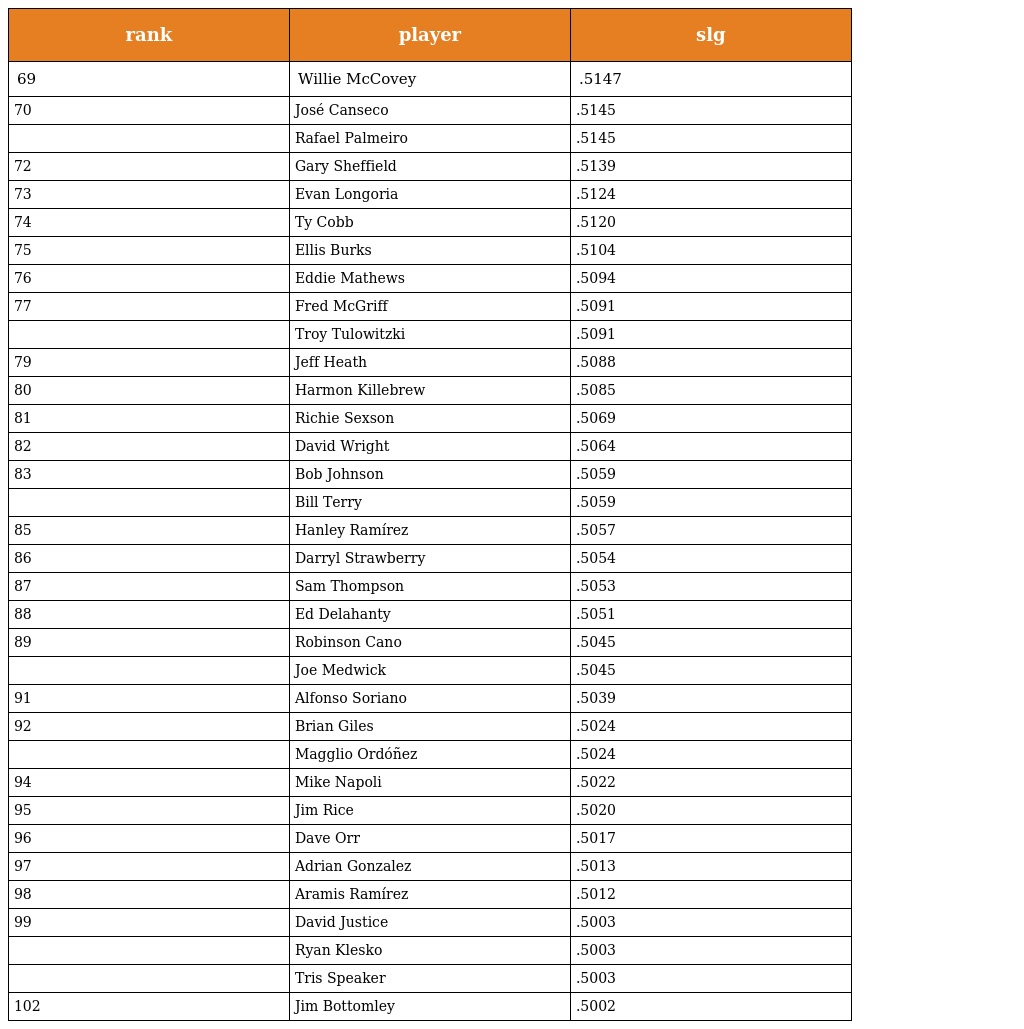
| rank | player | slg |
 | --- | --- | --- |
 | 69 | Willie McCovey | .5147 |
 | 70 | José Canseco | .5145 |
 |  | Rafael Palmeiro | .5145 |
 | 72 | Gary Sheffield | .5139 |
 | 73 | Evan Longoria | .5124 |
 | 74 | Ty Cobb | .5120 |
 | 75 | Ellis Burks | .5104 |
 | 76 | Eddie Mathews | .5094 |
 | 77 | Fred McGriff | .5091 |
 |  | Troy Tulowitzki | .5091 |
 | 79 | Jeff Heath | .5088 |
 | 80 | Harmon Killebrew | .5085 |
 | 81 | Richie Sexson | .5069 |
 | 82 | David Wright | .5064 |
 | 83 | Bob Johnson | .5059 |
 |  | Bill Terry | .5059 |
 | 85 | Hanley Ramírez | .5057 |
 | 86 | Darryl Strawberry | .5054 |
 | 87 | Sam Thompson | .5053 |
 | 88 | Ed Delahanty | .5051 |
 | 89 | Robinson Cano | .5045 |
 |  | Joe Medwick | .5045 |
 | 91 | Alfonso Soriano | .5039 |
 | 92 | Brian Giles | .5024 |
 |  | Magglio Ordóñez | .5024 |
 | 94 | Mike Napoli | .5022 |
 | 95 | Jim Rice | .5020 |
 | 96 | Dave Orr | .5017 |
 | 97 | Adrian Gonzalez | .5013 |
 | 98 | Aramis Ramírez | .5012 |
 | 99 | David Justice | .5003 |
 |  | Ryan Klesko | .5003 |
 |  | Tris Speaker | .5003 |
 | 102 | Jim Bottomley | .5002 |